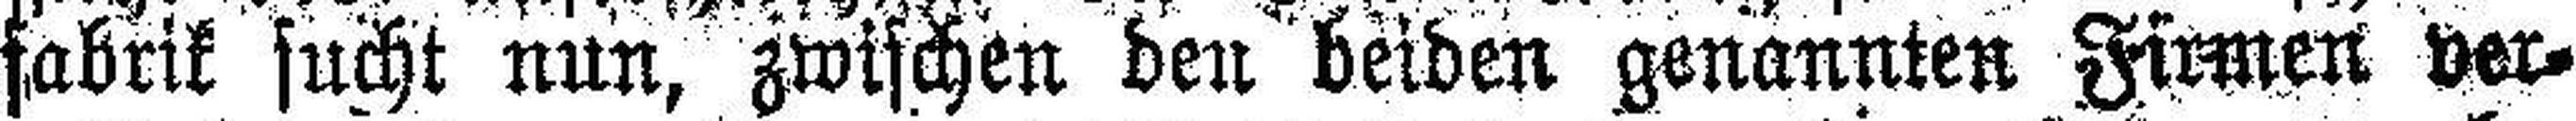
fabrik sucht nun, zwischen den beiden genannten Firmen ver¬